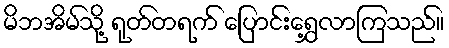
မိဘအိမ်သို့ ရုတ်တရက် ပြောင်းရွှေ့လာကြသည်။